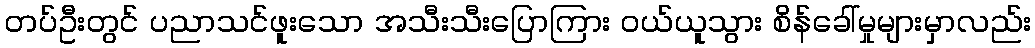
တပ်ဦးတွင် ပညာသင်ဖူးသော အသီးသီးပြောကြား ဝယ်ယူသွား စိန်ခေါ်မှုများမှာလည်း